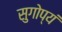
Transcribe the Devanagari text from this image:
सुगोप्यं